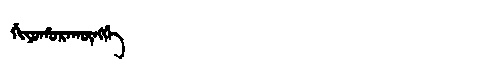
Manchu: ᡤᡳᠶᠣᡥᠣᡵᠠᡴᡡᠩᡤᡝ
Romanization: GIYOHORAKŪNGGE